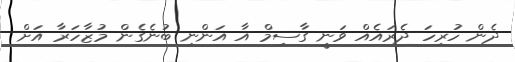
ދެން ހުރިހަ ދެރައެއް ވަަނީ ގާސިމް އާ އަންނި ބުނެގެން މުޒާހަރާ އަށް